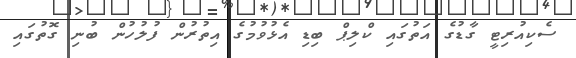
ސެކިއުރިޓީ ގާޑުގެ އަތުގައި ކްލިޕް ބިޑި އެޅުވުމުގެ އިތުރުން ފުލުހުން ބުނި ގޮތުގައި